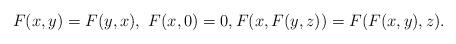
LaTeX: \begin{align*}F(x,y)=F(y,x), ~F(x,0)=0, F(x,F(y,z))=F(F(x,y),z).\end{align*}